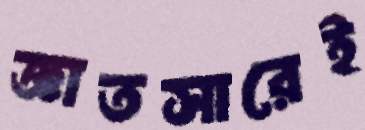
জ্ঞাতসারেই